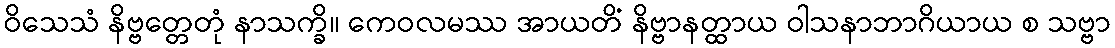
ဝိသေသံ နိဗ္ဗတ္တေတုံ နာသက္ခိ။ ကေဝလမဿ အာယတိံ နိဗ္ဗာနတ္ထာယ ဝါသနာဘာဂိယာယ စ သဗ္ဗာ